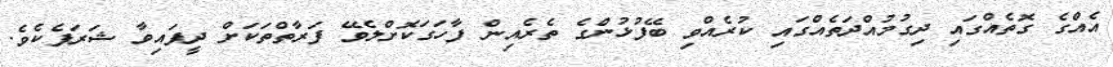
އެއްގެ ގޮތެއްގައި ދިގުމުއްދަތެއްގައި ކުރެއްވި ބޭފުޅުންގެ ތެރެއިން ފާހަގަކޮށްލެވޭ ފަރާތްތަކަށް ދީފައިވާ ޝަރަފެކެވެ.